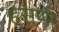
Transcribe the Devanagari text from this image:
हसणी